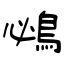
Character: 鴓